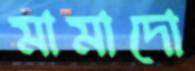
মামাদো